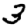
Digit: 3